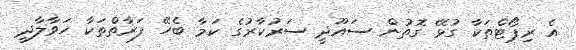
އެ ރިޕޯޓްތަކާ ގުޅޭ ގޮތުން ސައޫދީ ސަރުކާރުގެ ކަމާ ބެހޭ ފަރާތްތަކާ ހަވާލާދީ